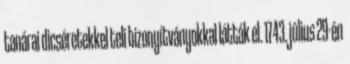
tanárai dicséretekkel teli bizonyítványokkal látták el. 1743. július 29-én